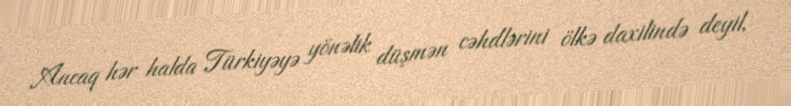
Ancaq hər halda Türkiyəyə yönəlik düşmən cəhdlərini ölkə daxilində deyil,